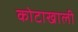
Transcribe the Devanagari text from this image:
कोटाखाली